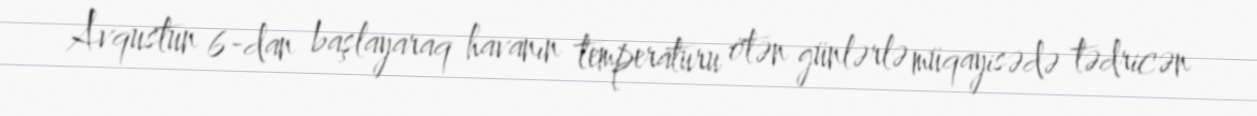
Avqustun 6-dan başlayaraq havanın temperaturu ötən günlərlə müqayisədə tədricən